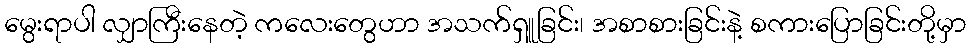
မွေးရာပါ လျှာကြီးနေတဲ့ ကလေးတွေဟာ အသက်ရှူခြင်း၊ အစာစားခြင်းနဲ့ စကားပြောခြင်းတို့မှာ